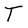
Character: T